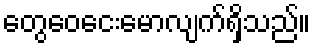
တွေဝေငေးမောလျက်ရှိသည်။